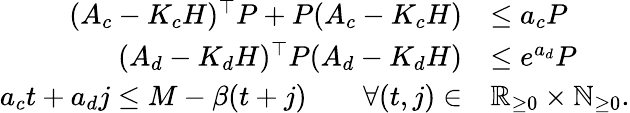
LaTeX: \begin{array}{rl}{(A_{c}-K_{c}H)^{\top}P+P(A_{c}-K_{c}H)}&{\leq a_{c}P}\\ {(A_{d}-K_{d}H)^{\top}P(A_{d}-K_{d}H)}&{\leq e^{a_{d}}P}\\ {a_{c}t+a_{d}j\leq M-\beta(t+j)\qquad\forall(t,j)\in}&{\mathbb{R}_{\geq 0}\times\mathbb{N}_{\geq 0}.}\end{array}